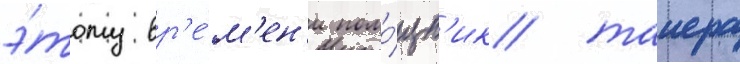
э́тому вр'е́м'ен'и помо́щн'ик таиера